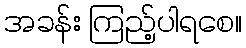
အခန်း ကြည့်ပါရစေ။